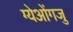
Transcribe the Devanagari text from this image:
ग्येओंगजु